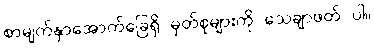
စာမျက်နှာအောက်ခြေရှိ မှတ်စုများကို သေချာဖတ် ပါ။